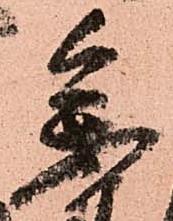
参